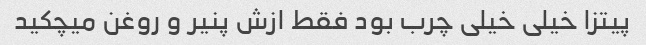
پیتزا خیلی خیلی چرب بود فقط ازش پنیر و روغن میچکید